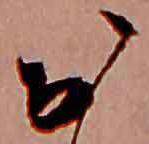
お